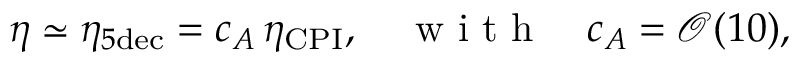
\eta \simeq \eta _ { 5 \mathrm { d e c } } = c _ { A } \, \eta _ { \mathrm { C P I } } , \quad \mathrm { ~ w ~ i ~ t ~ h ~ } \quad c _ { A } = \mathcal { O } ( 1 0 ) ,